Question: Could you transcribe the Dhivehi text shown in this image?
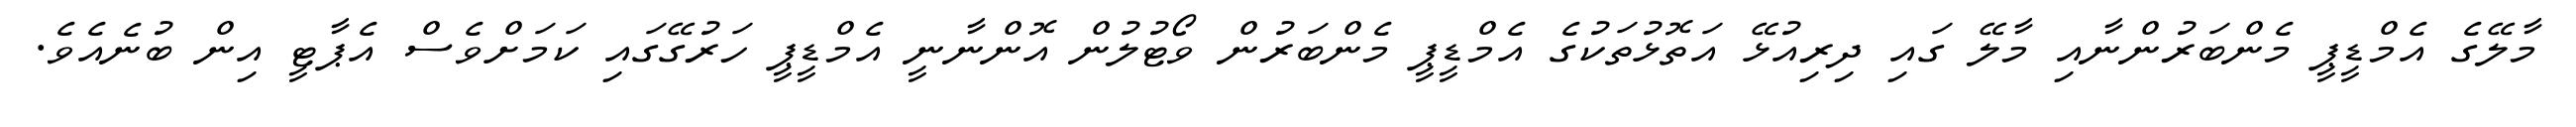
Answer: މާލޭގެ އެމްޑީޕީ މެންބަރުންނާއި މާލޭ ގައި ދިރިއުޅޭ އަތޮޅުތަކުގެ އެމްޑީޕީ މެންބަރުން ވޯޓުލުން އޮންނާނީ އެމްޑީޕީ ހަރުގޭގައި ކަމަށްވެސް އެޕާޓީ އިން ބުނެއެވެ.